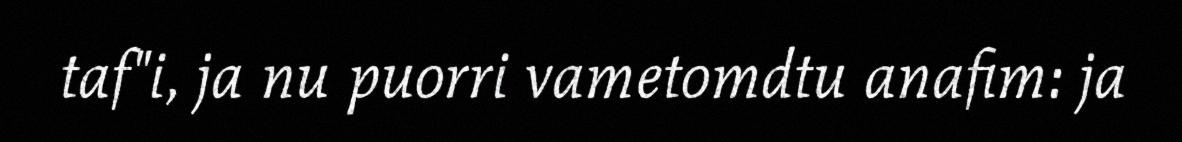
taf"i, ja nu puorri vametomdtu anafim: ja